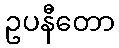
ဥပနီတော